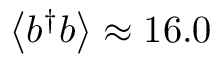
\left< b ^ { \dagger } b \right> \approx 1 6 . 0